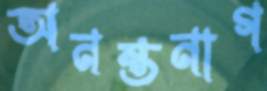
অনন্তনাগ